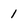
Character: 1